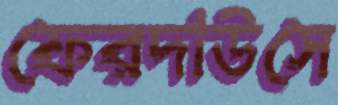
ফেরদাউসে